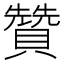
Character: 贊